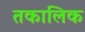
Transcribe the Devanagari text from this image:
तकालिक